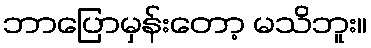
ဘာပြောမှန်းတော့ မသိဘူး။